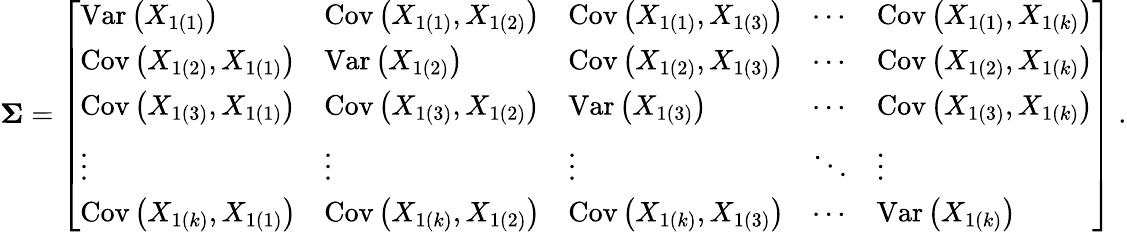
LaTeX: {\boldsymbol{\Sigma}}={\left[\begin{array}{lllll}{{\operatorname{Var}\left(X_{1(1)}\right)}}&{\operatorname{Cov}\left(X_{1(1)},X_{1(2)}\right)}&{\operatorname{Cov}\left(X_{1(1)},X_{1(3)}\right)}&{\cdots}&{\operatorname{Cov}\left(X_{1(1)},X_{1(k)}\right)}\\ {\operatorname{Cov}\left(X_{1(2)},X_{1(1)}\right)}&{\operatorname{Var}\left(X_{1(2)}\right)}&{\operatorname{Cov}\left(X_{1(2)},X_{1(3)}\right)}&{\cdots}&{\operatorname{Cov}\left(X_{1(2)},X_{1(k)}\right)}\\ {\operatorname{Cov}\left(X_{1(3)},X_{1(1)}\right)}&{\operatorname{Cov}\left(X_{1(3)},X_{1(2)}\right)}&{\operatorname{Var}\left(X_{1(3)}\right)}&{\cdots}&{\operatorname{Cov}\left(X_{1(3)},X_{1(k)}\right)}\\ {\vdots}&{\vdots}&{\vdots}&{\ddots}&{\vdots}\\ {\operatorname{Cov}\left(X_{1(k)},X_{1(1)}\right)}&{\operatorname{Cov}\left(X_{1(k)},X_{1(2)}\right)}&{\operatorname{Cov}\left(X_{1(k)},X_{1(3)}\right)}&{\cdots}&{\operatorname{Var}\left(X_{1(k)}\right)}\end{array}\right]}~.